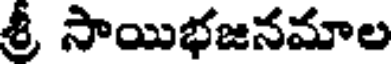
శ్రీ సాయిభజనమాల